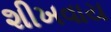
શીખવાય